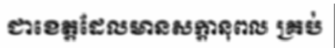
ជាខេត្តដែលមានសក្តានុពល គ្រប់